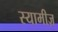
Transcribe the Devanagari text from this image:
स्यामीज़